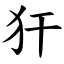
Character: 犴